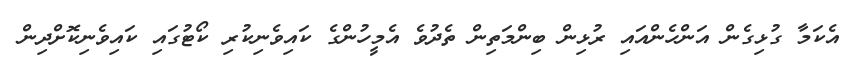
އެކަމާ ގުޅިގެން އަންހެންއައި ރުޅިން ބިންމަތިން ތެދުވެ އެމީހުންގެ ކައިވެނިކުރި ކޯޓުގައި ކައިވެނިކޮށްދިން